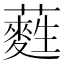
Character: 𮒩